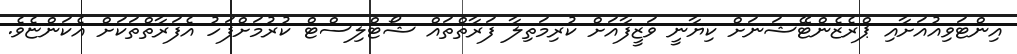
އިންޓަވިއުއަށާއި ޕްރެޒެންޓޭޝަނަށް ކިޔާނީ ވަޒީފާއަށް ކުރިމަތިލާ ފަރާތްތައް ޝޯޓްލިސްޓް ކުރުމަށްފަހު އެފަރާތްތަކަށް އެކަންޏެވެ.